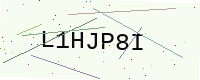
Text: L1HJP8I